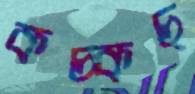
কচ্‌কচ্‌